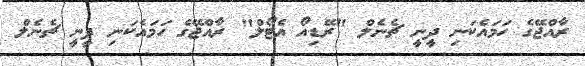
ރާއްޖޭގެ ހަމައެކަނި ދީނީ ޗެނެލް "ރޭޑިއޯ އެޓޯލް" ރާއްޖޭގެ ހަމައެކަނި ދީނީ ޗެނެލް